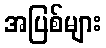
အပြစ်များ